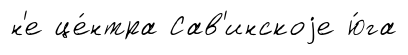
н'е це́нтра Сав'инскоjе ю́га